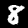
Label: 8